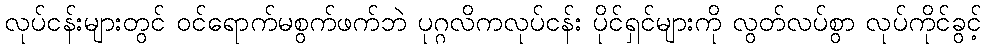
လုပ်ငန်းများတွင် ဝင်ရောက်မစွက်ဖက်ဘဲ ပုဂ္ဂလိကလုပ်ငန်း ပိုင်ရှင်များကို လွတ်လပ်စွာ လုပ်ကိုင်ခွင့်